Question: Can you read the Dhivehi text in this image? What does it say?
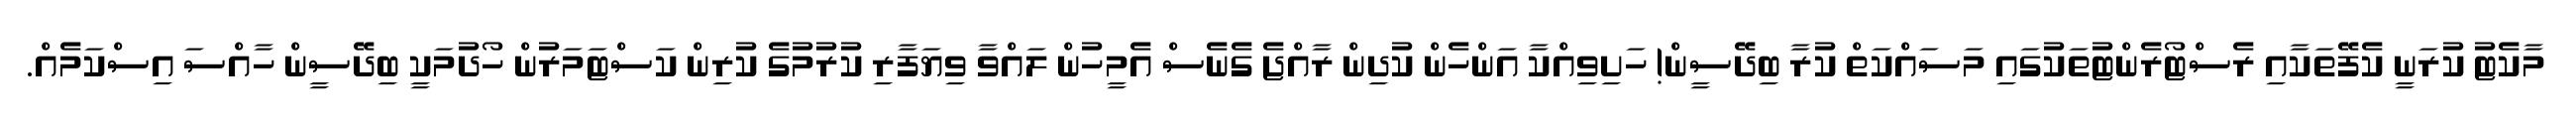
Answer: މާކެޓު ކުރަނީ ކެފޭތަކާއި ރެސްޓޯރެންޓުތަކުގައި މަސައްކަތް ކުރާ ބިދޭސީން! ހަށިވިއްކާ އަންހެން ކުދިން ރާއްޖެ ގެނެސް އެމީހުން ލައްވާ ވިޔަފާރި ކުރުމުގެ ކުރިން ކަސްޓަމަރުން ހޯދުމަކީ ބިދޭސީން ހާއްސަ އިސްކަމެއް.